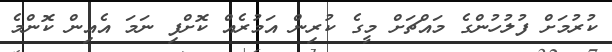
ކުރުމަށް ފުލުހުންގެ މައްޗަށް މީގެ ކުރިން އަމުރެއް ކޮށްފި ނަމަ އެއިން ކޮންމެ